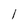
Character: 1